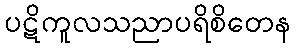
ပဋိကူလသညာပရိစိတေန